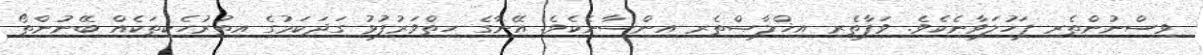
ވިސްނުންތެރި ފަހުލަވާނެކެވެ. ވަފާތެރި އިޚްލާޞްތެރި އިންސާނެކެވެ. އޭނާގެ ހިތްވަރުފުޅު ގަދަކަމުގެ އިތުރުހެކިތަކެއް ބޭނުންތޯ